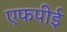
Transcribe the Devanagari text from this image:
एफपीई